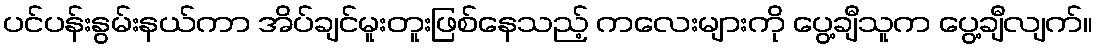
ပင်ပန်းနွမ်းနယ်ကာ အိပ်ချင်မူးတူးဖြစ်နေသည့် ကလေးများကို ပွေ့ချီသူက ပွေ့ချီလျက်။